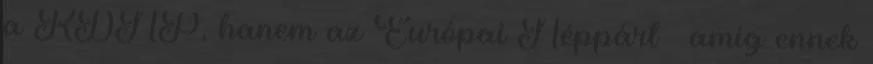
a KDNP, hanem az Európai Néppárt – amíg ennek